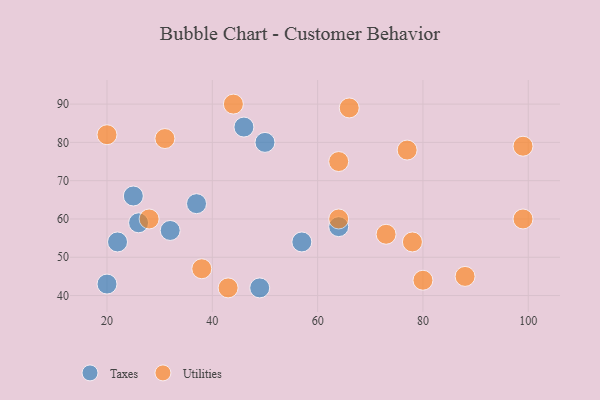
{"axis": {"x": "GDP", "y": "Life Expectancy"}, "legend": ["Taxes", "Utilities"], "data": [{"x": "50", "y": 80, "type": "Taxes"}, {"x": "64", "y": 58, "type": "Taxes"}, {"x": "22", "y": 54, "type": "Taxes"}, {"x": "32", "y": 57, "type": "Taxes"}, {"x": "26", "y": 59, "type": "Taxes"}, {"x": "25", "y": 66, "type": "Taxes"}, {"x": "46", "y": 84, "type": "Taxes"}, {"x": "49", "y": 42, "type": "Taxes"}, {"x": "20", "y": 43, "type": "Taxes"}, {"x": "37", "y": 64, "type": "Taxes"}, {"x": "57", "y": 54, "type": "Taxes"}, {"x": "64", "y": 60, "type": "Utilities"}, {"x": "78", "y": 54, "type": "Utilities"}, {"x": "31", "y": 81, "type": "Utilities"}, {"x": "88", "y": 45, "type": "Utilities"}, {"x": "43", "y": 42, "type": "Utilities"}, {"x": "80", "y": 44, "type": "Utilities"}, {"x": "20", "y": 82, "type": "Utilities"}, {"x": "66", "y": 89, "type": "Utilities"}, {"x": "99", "y": 79, "type": "Utilities"}, {"x": "28", "y": 60, "type": "Utilities"}, {"x": "44", "y": 90, "type": "Utilities"}, {"x": "73", "y": 56, "type": "Utilities"}, {"x": "99", "y": 60, "type": "Utilities"}, {"x": "64", "y": 75, "type": "Utilities"}, {"x": "38", "y": 47, "type": "Utilities"}, {"x": "77", "y": 78, "type": "Utilities"}]}